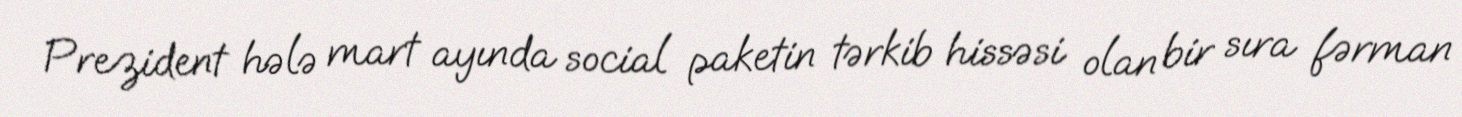
Prezident hələ mart ayında social paketin tərkib hissəsi olan bir sıra fərman